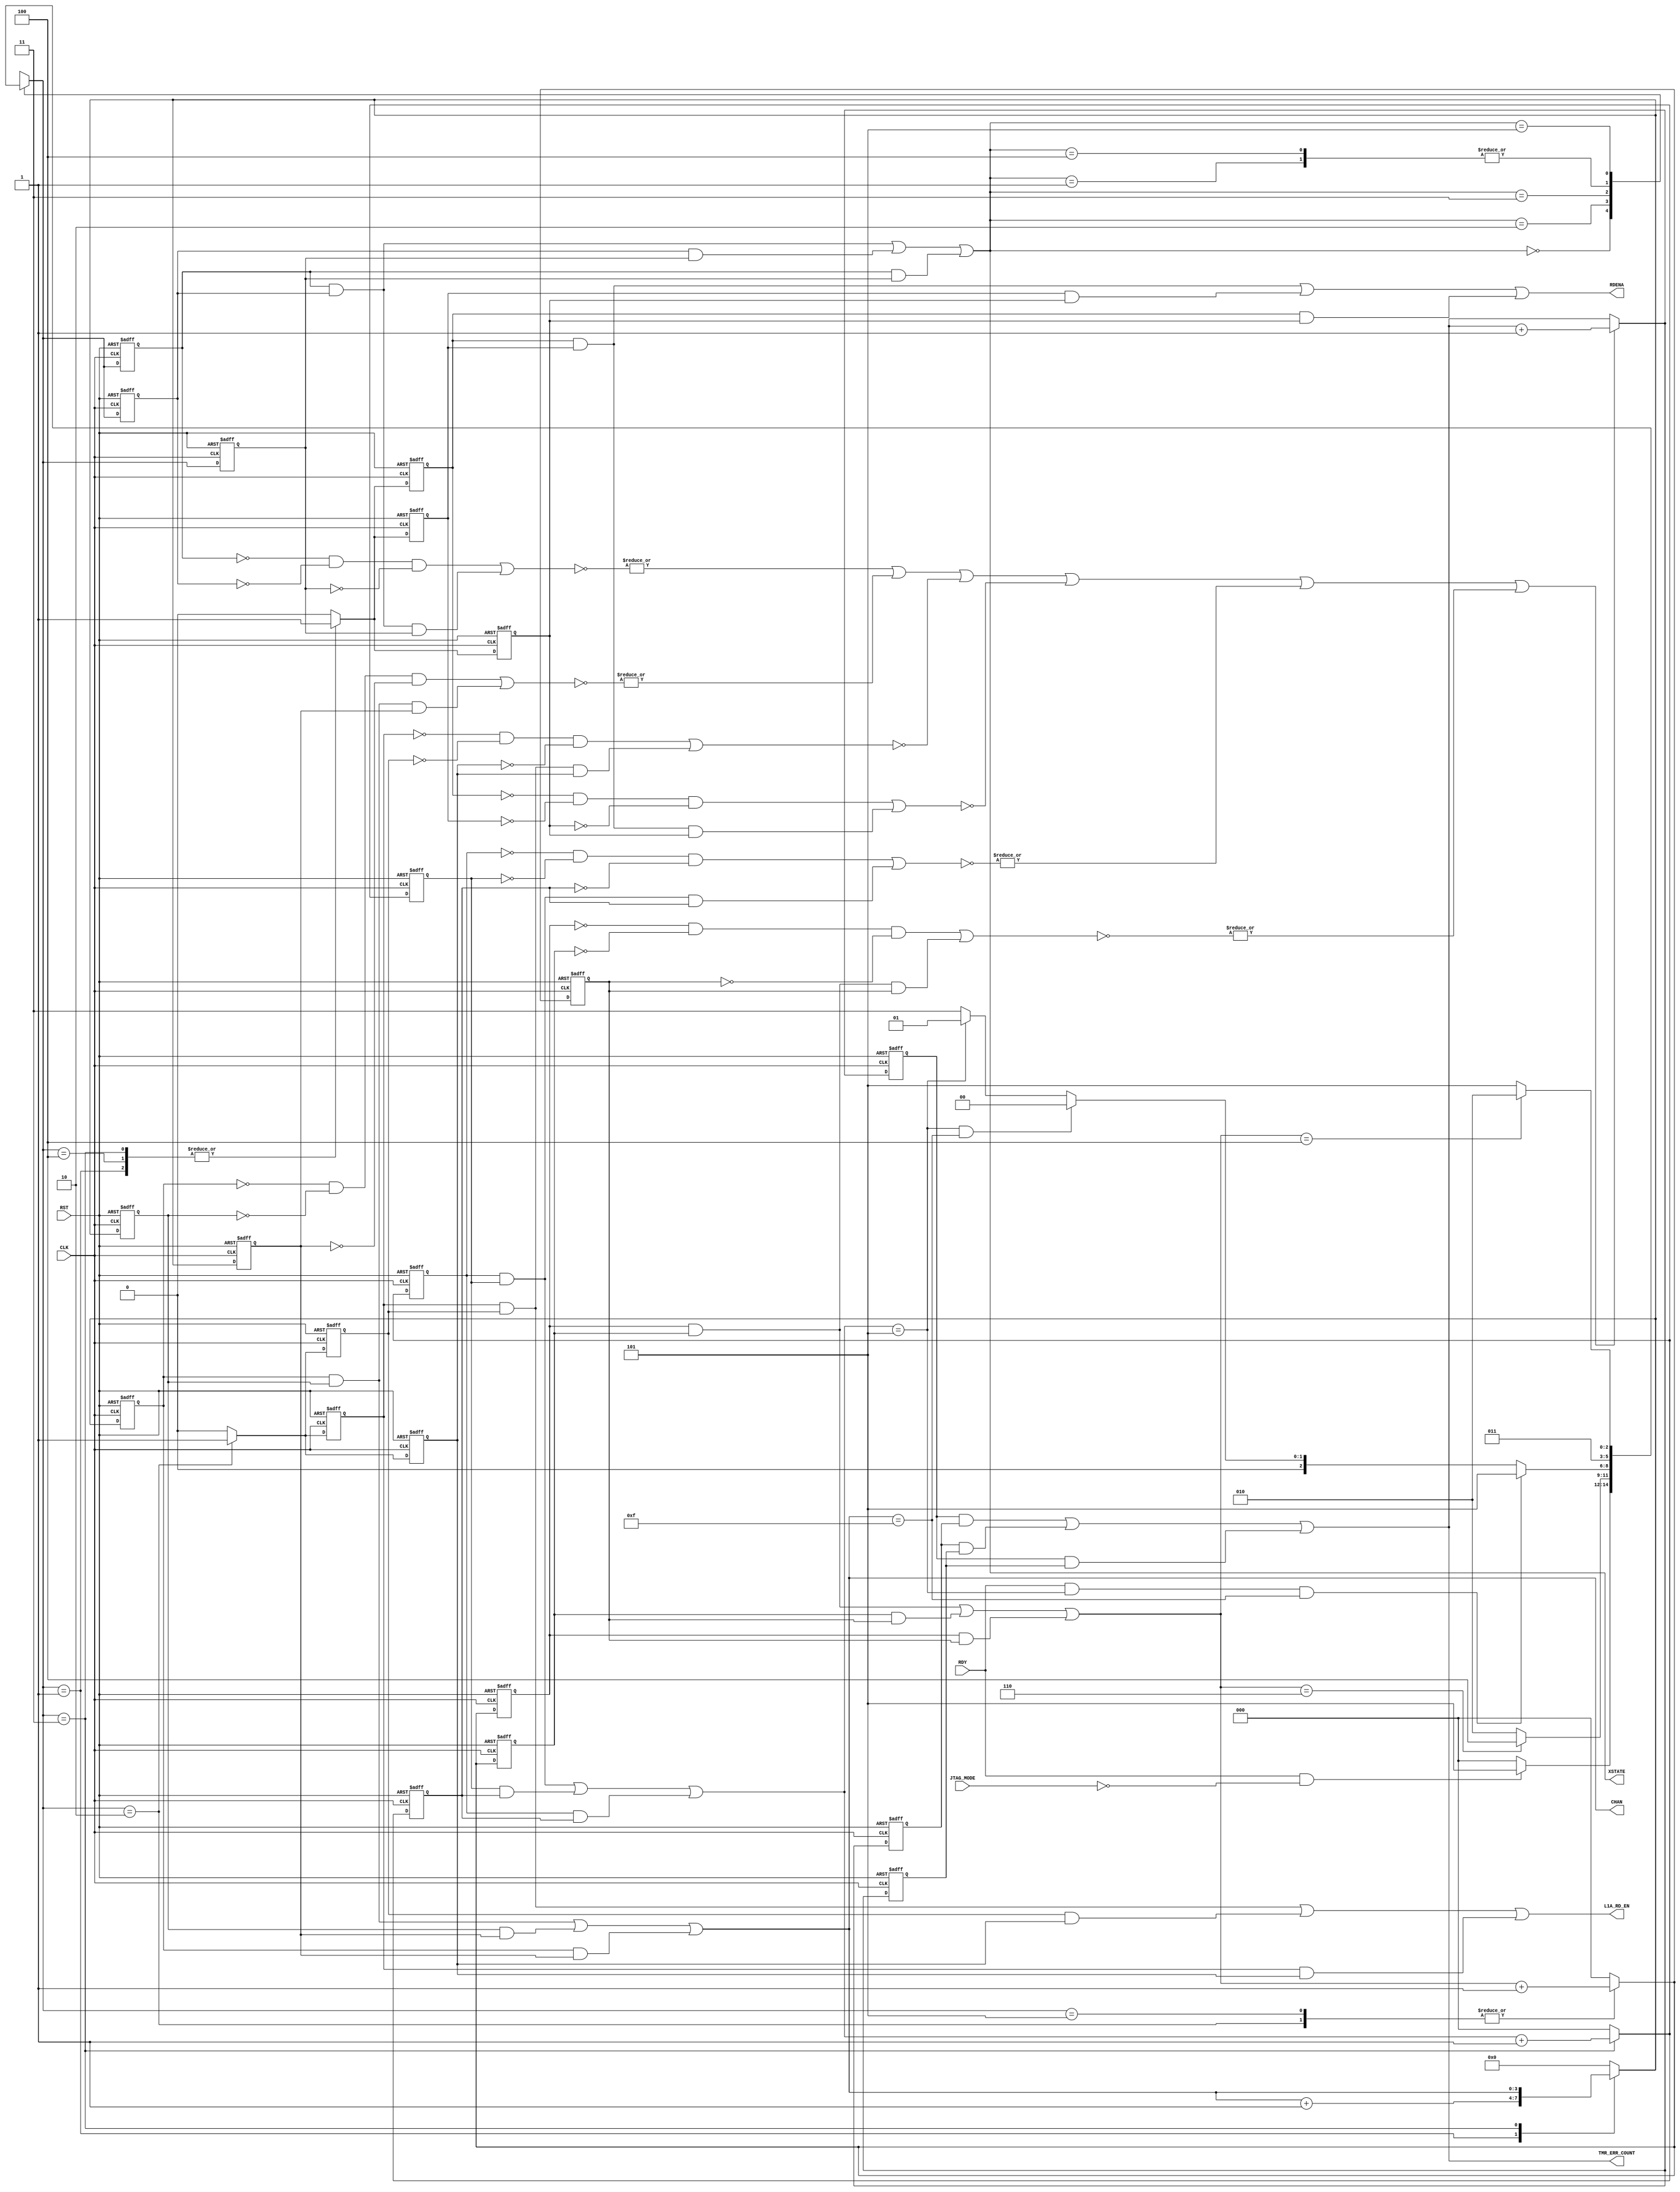

// Created by fizzim_tmr.pl version $Revision: 4.44 on 2014:08:26 at 13:15:41 (www.fizzim.com)

module transfer_samples_FSM_TMR_Err_Det (
  output wire [3:0] CHAN,
  output L1A_RD_EN,
  output RDENA,
  output wire [2:0] XSTATE,
  output wire [15:0] TMR_ERR_COUNT,
  input CLK,
  input JTAG_MODE,
  input RDY,
  input RST 
);

  // state bits
  parameter 
  Idle           = 3'b000, 
  Inc_Chan_state = 3'b001, 
  L1A_Rd_two     = 3'b010, 
  Rd_Ena         = 3'b011, 
  Strt_Trns      = 3'b100, 
  Wait           = 3'b101; 

  (* syn_preserve = "true" *) reg [2:0] state_1;
  (* syn_preserve = "true" *) reg [2:0] state_2;
  (* syn_preserve = "true" *) reg [2:0] state_3;

  (* syn_keep = "true" *) wire [2:0] voted_state_1;
  (* syn_keep = "true" *) wire [2:0] voted_state_2;
  (* syn_keep = "true" *) wire [2:0] voted_state_3;

  (* syn_keep = "true" *) wire err_det_state_1;
  (* syn_keep = "true" *) wire err_det_state_2;
  (* syn_keep = "true" *) wire err_det_state_3;

  (* syn_preserve = "true" *) reg [15:0] ed_cnt_1;
  (* syn_preserve = "true" *) reg [15:0] ed_cnt_2;
  (* syn_preserve = "true" *) reg [15:0] ed_cnt_3;

  (* syn_keep = "true" *) wire [15:0] voted_ed_cnt_1;
  (* syn_keep = "true" *) wire [15:0] voted_ed_cnt_2;
  (* syn_keep = "true" *) wire [15:0] voted_ed_cnt_3;

  assign voted_state_1     = (state_1     & state_2    ) | (state_2     & state_3    ) | (state_1     & state_3    ); // Majority logic
  assign voted_state_2     = (state_1     & state_2    ) | (state_2     & state_3    ) | (state_1     & state_3    ); // Majority logic
  assign voted_state_3     = (state_1     & state_2    ) | (state_2     & state_3    ) | (state_1     & state_3    ); // Majority logic

  assign err_det_state_1     = |(~((~state_1     & ~state_2     & ~state_3    ) | (state_1     & state_2     & state_3    ))); // error detection logic
  assign err_det_state_2     = |(~((~state_1     & ~state_2     & ~state_3    ) | (state_1     & state_2     & state_3    ))); // error detection logic
  assign err_det_state_3     = |(~((~state_1     & ~state_2     & ~state_3    ) | (state_1     & state_2     & state_3    ))); // error detection logic

  assign voted_ed_cnt_1    = (ed_cnt_1    & ed_cnt_2   ) | (ed_cnt_2    & ed_cnt_3   ) | (ed_cnt_1    & ed_cnt_3   ); // Majority logic
  assign voted_ed_cnt_2    = (ed_cnt_1    & ed_cnt_2   ) | (ed_cnt_2    & ed_cnt_3   ) | (ed_cnt_1    & ed_cnt_3   ); // Majority logic
  assign voted_ed_cnt_3    = (ed_cnt_1    & ed_cnt_2   ) | (ed_cnt_2    & ed_cnt_3   ) | (ed_cnt_1    & ed_cnt_3   ); // Majority logic

  assign XSTATE = voted_state_1;
  assign TMR_ERR_COUNT = voted_ed_cnt_1;

  (* syn_keep = "true" *) reg [2:0] nextstate_1;
  (* syn_keep = "true" *) reg [2:0] nextstate_2;
  (* syn_keep = "true" *) reg [2:0] nextstate_3;

  (* syn_preserve = "true" *)  reg [3:0] CHAN_1;
  (* syn_preserve = "true" *)  reg [3:0] CHAN_2;
  (* syn_preserve = "true" *)  reg [3:0] CHAN_3;
  (* syn_preserve = "true" *)  reg L1A_RD_EN_1;
  (* syn_preserve = "true" *)  reg L1A_RD_EN_2;
  (* syn_preserve = "true" *)  reg L1A_RD_EN_3;
  (* syn_preserve = "true" *)  reg RDENA_1;
  (* syn_preserve = "true" *)  reg RDENA_2;
  (* syn_preserve = "true" *)  reg RDENA_3;
  (* syn_preserve = "true" *)  reg [2:0] chip_1;
  (* syn_preserve = "true" *)  reg [2:0] chip_2;
  (* syn_preserve = "true" *)  reg [2:0] chip_3;
  (* syn_keep = "true" *)      wire [2:0] voted_chip_1;
  (* syn_keep = "true" *)      wire [2:0] voted_chip_2;
  (* syn_keep = "true" *)      wire [2:0] voted_chip_3;
  (* syn_preserve = "true" *)  reg [2:0] cnt_1;
  (* syn_preserve = "true" *)  reg [2:0] cnt_2;
  (* syn_preserve = "true" *)  reg [2:0] cnt_3;
  (* syn_keep = "true" *)      wire [2:0] voted_cnt_1;
  (* syn_keep = "true" *)      wire [2:0] voted_cnt_2;
  (* syn_keep = "true" *)      wire [2:0] voted_cnt_3;
  (* syn_keep = "true" *)  wire err_det_CHAN_1;
  (* syn_keep = "true" *)  wire err_det_CHAN_2;
  (* syn_keep = "true" *)  wire err_det_CHAN_3;
  (* syn_keep = "true" *)  wire err_det_L1A_RD_EN_1;
  (* syn_keep = "true" *)  wire err_det_L1A_RD_EN_2;
  (* syn_keep = "true" *)  wire err_det_L1A_RD_EN_3;
  (* syn_keep = "true" *)  wire err_det_RDENA_1;
  (* syn_keep = "true" *)  wire err_det_RDENA_2;
  (* syn_keep = "true" *)  wire err_det_RDENA_3;
  (* syn_keep = "true" *)  wire err_det_chip_1;
  (* syn_keep = "true" *)  wire err_det_chip_2;
  (* syn_keep = "true" *)  wire err_det_chip_3;
  (* syn_keep = "true" *)  wire err_det_cnt_1;
  (* syn_keep = "true" *)  wire err_det_cnt_2;
  (* syn_keep = "true" *)  wire err_det_cnt_3;
  (* syn_keep = "true" *)  wire err_det_1;
  (* syn_keep = "true" *)  wire err_det_2;
  (* syn_keep = "true" *)  wire err_det_3;

  // Assignment of outputs and flags to voted majority logic of replicated registers
  assign CHAN      = (CHAN_1      & CHAN_2     ) | (CHAN_2      & CHAN_3     ) | (CHAN_1      & CHAN_3     ); // Majority logic
  assign L1A_RD_EN = (L1A_RD_EN_1 & L1A_RD_EN_2) | (L1A_RD_EN_2 & L1A_RD_EN_3) | (L1A_RD_EN_1 & L1A_RD_EN_3); // Majority logic
  assign RDENA     = (RDENA_1     & RDENA_2    ) | (RDENA_2     & RDENA_3    ) | (RDENA_1     & RDENA_3    ); // Majority logic
  assign voted_chip_1      = (chip_1      & chip_2     ) | (chip_2      & chip_3     ) | (chip_1      & chip_3     ); // Majority logic
  assign voted_chip_2      = (chip_1      & chip_2     ) | (chip_2      & chip_3     ) | (chip_1      & chip_3     ); // Majority logic
  assign voted_chip_3      = (chip_1      & chip_2     ) | (chip_2      & chip_3     ) | (chip_1      & chip_3     ); // Majority logic
  assign voted_cnt_1       = (cnt_1       & cnt_2      ) | (cnt_2       & cnt_3      ) | (cnt_1       & cnt_3      ); // Majority logic
  assign voted_cnt_2       = (cnt_1       & cnt_2      ) | (cnt_2       & cnt_3      ) | (cnt_1       & cnt_3      ); // Majority logic
  assign voted_cnt_3       = (cnt_1       & cnt_2      ) | (cnt_2       & cnt_3      ) | (cnt_1       & cnt_3      ); // Majority logic

  // Assignment of error detection logic to replicated signals
  assign err_det_CHAN_1      = |(~((~CHAN_1      & ~CHAN_2      & ~CHAN_3     ) | (CHAN_1      & CHAN_2      & CHAN_3     ))); // error detection logic
  assign err_det_CHAN_2      = |(~((~CHAN_1      & ~CHAN_2      & ~CHAN_3     ) | (CHAN_1      & CHAN_2      & CHAN_3     ))); // error detection logic
  assign err_det_CHAN_3      = |(~((~CHAN_1      & ~CHAN_2      & ~CHAN_3     ) | (CHAN_1      & CHAN_2      & CHAN_3     ))); // error detection logic
  assign err_det_L1A_RD_EN_1 =  (~((~L1A_RD_EN_1 & ~L1A_RD_EN_2 & ~L1A_RD_EN_3) | (L1A_RD_EN_1 & L1A_RD_EN_2 & L1A_RD_EN_3))); // error detection logic
  assign err_det_L1A_RD_EN_2 =  (~((~L1A_RD_EN_1 & ~L1A_RD_EN_2 & ~L1A_RD_EN_3) | (L1A_RD_EN_1 & L1A_RD_EN_2 & L1A_RD_EN_3))); // error detection logic
  assign err_det_L1A_RD_EN_3 =  (~((~L1A_RD_EN_1 & ~L1A_RD_EN_2 & ~L1A_RD_EN_3) | (L1A_RD_EN_1 & L1A_RD_EN_2 & L1A_RD_EN_3))); // error detection logic
  assign err_det_RDENA_1     =  (~((~RDENA_1     & ~RDENA_2     & ~RDENA_3    ) | (RDENA_1     & RDENA_2     & RDENA_3    ))); // error detection logic
  assign err_det_RDENA_2     =  (~((~RDENA_1     & ~RDENA_2     & ~RDENA_3    ) | (RDENA_1     & RDENA_2     & RDENA_3    ))); // error detection logic
  assign err_det_RDENA_3     =  (~((~RDENA_1     & ~RDENA_2     & ~RDENA_3    ) | (RDENA_1     & RDENA_2     & RDENA_3    ))); // error detection logic
  assign err_det_chip_1      = |(~((~chip_1      & ~chip_2      & ~chip_3     ) | (chip_1      & chip_2      & chip_3     ))); // error detection logic
  assign err_det_chip_2      = |(~((~chip_1      & ~chip_2      & ~chip_3     ) | (chip_1      & chip_2      & chip_3     ))); // error detection logic
  assign err_det_chip_3      = |(~((~chip_1      & ~chip_2      & ~chip_3     ) | (chip_1      & chip_2      & chip_3     ))); // error detection logic
  assign err_det_cnt_1       = |(~((~cnt_1       & ~cnt_2       & ~cnt_3      ) | (cnt_1       & cnt_2       & cnt_3      ))); // error detection logic
  assign err_det_cnt_2       = |(~((~cnt_1       & ~cnt_2       & ~cnt_3      ) | (cnt_1       & cnt_2       & cnt_3      ))); // error detection logic
  assign err_det_cnt_3       = |(~((~cnt_1       & ~cnt_2       & ~cnt_3      ) | (cnt_1       & cnt_2       & cnt_3      ))); // error detection logic


  // Assign 'OR' of all error detection signals
  assign err_det_1 = err_det_state_1   | err_det_CHAN_1   | err_det_L1A_RD_EN_1   | err_det_RDENA_1   | err_det_chip_1   | err_det_cnt_1  ;
  assign err_det_2 = err_det_state_2   | err_det_CHAN_2   | err_det_L1A_RD_EN_2   | err_det_RDENA_2   | err_det_chip_2   | err_det_cnt_2  ;
  assign err_det_3 = err_det_state_3   | err_det_CHAN_3   | err_det_L1A_RD_EN_3   | err_det_RDENA_3   | err_det_chip_3   | err_det_cnt_3  ;

  // comb always block
  always @* begin
    nextstate_1 = 3'bxxx; // default to x because default_state_is_x is set
    nextstate_2 = 3'bxxx; // default to x because default_state_is_x is set
    nextstate_3 = 3'bxxx; // default to x because default_state_is_x is set
    case (voted_state_1)
      Idle          : if      (RDY && !JTAG_MODE)                          nextstate_1 = Wait;
                      else                                                 nextstate_1 = Idle;
      Inc_Chan_state:                                                      nextstate_1 = Rd_Ena;
      L1A_Rd_two    : if      (voted_cnt_1 ==  6)                          nextstate_1 = Strt_Trns;
                      else                                                 nextstate_1 = L1A_Rd_two;
      Rd_Ena        : if      (RDY && (voted_chip_1 == 5) && (CHAN ==15))  nextstate_1 = Wait;
                      else if ((voted_chip_1 == 5) && (CHAN == 15))        nextstate_1 = Idle;
                      else if ((voted_chip_1 == 5))                        nextstate_1 = Inc_Chan_state;
                      else                                                 nextstate_1 = Rd_Ena;
      Strt_Trns     :                                                      nextstate_1 = Rd_Ena;
      Wait          : if      (voted_cnt_1 == 4)                           nextstate_1 = L1A_Rd_two;
                      else                                                 nextstate_1 = Wait;
    endcase
    case (voted_state_2)
      Idle          : if      (RDY && !JTAG_MODE)                          nextstate_2 = Wait;
                      else                                                 nextstate_2 = Idle;
      Inc_Chan_state:                                                      nextstate_2 = Rd_Ena;
      L1A_Rd_two    : if      (voted_cnt_2 ==  6)                          nextstate_2 = Strt_Trns;
                      else                                                 nextstate_2 = L1A_Rd_two;
      Rd_Ena        : if      (RDY && (voted_chip_2 == 5) && (CHAN ==15))  nextstate_2 = Wait;
                      else if ((voted_chip_2 == 5) && (CHAN == 15))        nextstate_2 = Idle;
                      else if ((voted_chip_2 == 5))                        nextstate_2 = Inc_Chan_state;
                      else                                                 nextstate_2 = Rd_Ena;
      Strt_Trns     :                                                      nextstate_2 = Rd_Ena;
      Wait          : if      (voted_cnt_2 == 4)                           nextstate_2 = L1A_Rd_two;
                      else                                                 nextstate_2 = Wait;
    endcase
    case (voted_state_3)
      Idle          : if      (RDY && !JTAG_MODE)                          nextstate_3 = Wait;
                      else                                                 nextstate_3 = Idle;
      Inc_Chan_state:                                                      nextstate_3 = Rd_Ena;
      L1A_Rd_two    : if      (voted_cnt_3 ==  6)                          nextstate_3 = Strt_Trns;
                      else                                                 nextstate_3 = L1A_Rd_two;
      Rd_Ena        : if      (RDY && (voted_chip_3 == 5) && (CHAN ==15))  nextstate_3 = Wait;
                      else if ((voted_chip_3 == 5) && (CHAN == 15))        nextstate_3 = Idle;
                      else if ((voted_chip_3 == 5))                        nextstate_3 = Inc_Chan_state;
                      else                                                 nextstate_3 = Rd_Ena;
      Strt_Trns     :                                                      nextstate_3 = Rd_Ena;
      Wait          : if      (voted_cnt_3 == 4)                           nextstate_3 = L1A_Rd_two;
                      else                                                 nextstate_3 = Wait;
    endcase
  end

  // Assign reg'd outputs to state bits

  // sequential always block
  always @(posedge CLK or posedge RST) begin
    if (RST) begin
      state_1 <= Idle;
      state_2 <= Idle;
      state_3 <= Idle;
      ed_cnt_1 <= 0;
      ed_cnt_2 <= 0;
      ed_cnt_3 <= 0;
    end
    else begin
      state_1 <= nextstate_1;
      state_2 <= nextstate_2;
      state_3 <= nextstate_3;
      ed_cnt_1 <= err_det_1 ? voted_ed_cnt_1 + 1 : voted_ed_cnt_1;
      ed_cnt_2 <= err_det_2 ? voted_ed_cnt_2 + 1 : voted_ed_cnt_2;
      ed_cnt_3 <= err_det_3 ? voted_ed_cnt_3 + 1 : voted_ed_cnt_3;
    end
  end

  // datapath sequential always block
  always @(posedge CLK or posedge RST) begin
    if (RST) begin
      CHAN_1 <= 4'h0;
      CHAN_2 <= 4'h0;
      CHAN_3 <= 4'h0;
      L1A_RD_EN_1 <= 0;
      L1A_RD_EN_2 <= 0;
      L1A_RD_EN_3 <= 0;
      RDENA_1 <= 0;
      RDENA_2 <= 0;
      RDENA_3 <= 0;
      chip_1 <= 3'h0;
      chip_2 <= 3'h0;
      chip_3 <= 3'h0;
      cnt_1 <= 3'h0;
      cnt_2 <= 3'h0;
      cnt_3 <= 3'h0;
    end
    else begin
      CHAN_1 <= 4'h0; // default
      CHAN_2 <= 4'h0; // default
      CHAN_3 <= 4'h0; // default
      L1A_RD_EN_1 <= 0; // default
      L1A_RD_EN_2 <= 0; // default
      L1A_RD_EN_3 <= 0; // default
      RDENA_1 <= 0; // default
      RDENA_2 <= 0; // default
      RDENA_3 <= 0; // default
      chip_1 <= 3'h0; // default
      chip_2 <= 3'h0; // default
      chip_3 <= 3'h0; // default
      cnt_1 <= 3'h0; // default
      cnt_2 <= 3'h0; // default
      cnt_3 <= 3'h0; // default
      case (nextstate_1)
        Inc_Chan_state: begin
                               CHAN_1 <= CHAN + 1;
                               RDENA_1 <= 1;
        end
        L1A_Rd_two    : begin
                               L1A_RD_EN_1 <= 1;
                               cnt_1 <= voted_cnt_1 + 1;
        end
        Rd_Ena        : begin
                               CHAN_1 <= CHAN;
                               RDENA_1 <= 1;
                               chip_1 <= voted_chip_1 + 1;
        end
        Strt_Trns     :        RDENA_1 <= 1;
        Wait          :        cnt_1 <= voted_cnt_1 + 1;
      endcase
      case (nextstate_2)
        Inc_Chan_state: begin
                               CHAN_2 <= CHAN + 1;
                               RDENA_2 <= 1;
        end
        L1A_Rd_two    : begin
                               L1A_RD_EN_2 <= 1;
                               cnt_2 <= voted_cnt_2 + 1;
        end
        Rd_Ena        : begin
                               CHAN_2 <= CHAN;
                               RDENA_2 <= 1;
                               chip_2 <= voted_chip_2 + 1;
        end
        Strt_Trns     :        RDENA_2 <= 1;
        Wait          :        cnt_2 <= voted_cnt_2 + 1;
      endcase
      case (nextstate_3)
        Inc_Chan_state: begin
                               CHAN_3 <= CHAN + 1;
                               RDENA_3 <= 1;
        end
        L1A_Rd_two    : begin
                               L1A_RD_EN_3 <= 1;
                               cnt_3 <= voted_cnt_3 + 1;
        end
        Rd_Ena        : begin
                               CHAN_3 <= CHAN;
                               RDENA_3 <= 1;
                               chip_3 <= voted_chip_3 + 1;
        end
        Strt_Trns     :        RDENA_3 <= 1;
        Wait          :        cnt_3 <= voted_cnt_3 + 1;
      endcase
    end
  end

  // This code allows you to see state names in simulation
  `ifndef SYNTHESIS
  reg [111:0] statename;
  always @* begin
    case (state_1)
      Idle          : statename = "Idle";
      Inc_Chan_state: statename = "Inc_Chan_state";
      L1A_Rd_two    : statename = "L1A_Rd_two";
      Rd_Ena        : statename = "Rd_Ena";
      Strt_Trns     : statename = "Strt_Trns";
      Wait          : statename = "Wait";
      default       : statename = "XXXXXXXXXXXXXX";
    endcase
  end
  `endif

endmodule